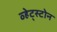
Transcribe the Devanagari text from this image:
व्हेट्स्टोन